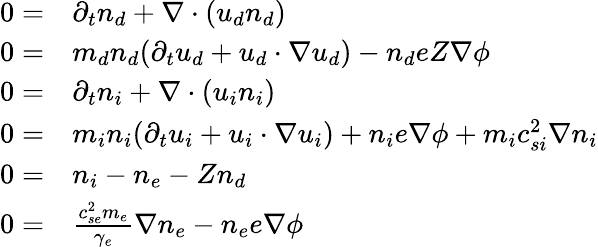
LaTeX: \begin{array}{rl}{0=}&{\partial_{t}{n_{d}}+\nabla\cdot({u_{d}}{n_{d}})}\\ {0=}&{m_{d}{n_{d}}(\partial_{t}{u_{d}}+{u_{d}}\cdot\nabla{u_{d}})-{n_{d}}eZ\nabla\phi}\\ {0=}&{\partial_{t}{n_{i}}+\nabla\cdot({u_{i}}{n_{i}})}\\ {0=}&{m_{i}{n_{i}}(\partial_{t}{u_{i}}+{u_{i}}\cdot\nabla{u_{i}})+{n_{i}}e\nabla\phi+m_{i}c_{si}^{2}\nabla{n_{i}}}\\ {0=}&{{n_{i}}-n_{e}-Z{n_{d}}}\\ {0=}&{\frac{c_{se}^{2}m_{e}}{\gamma_{e}}\nabla n_{e}-n_{e}e\nabla\phi}\end{array}